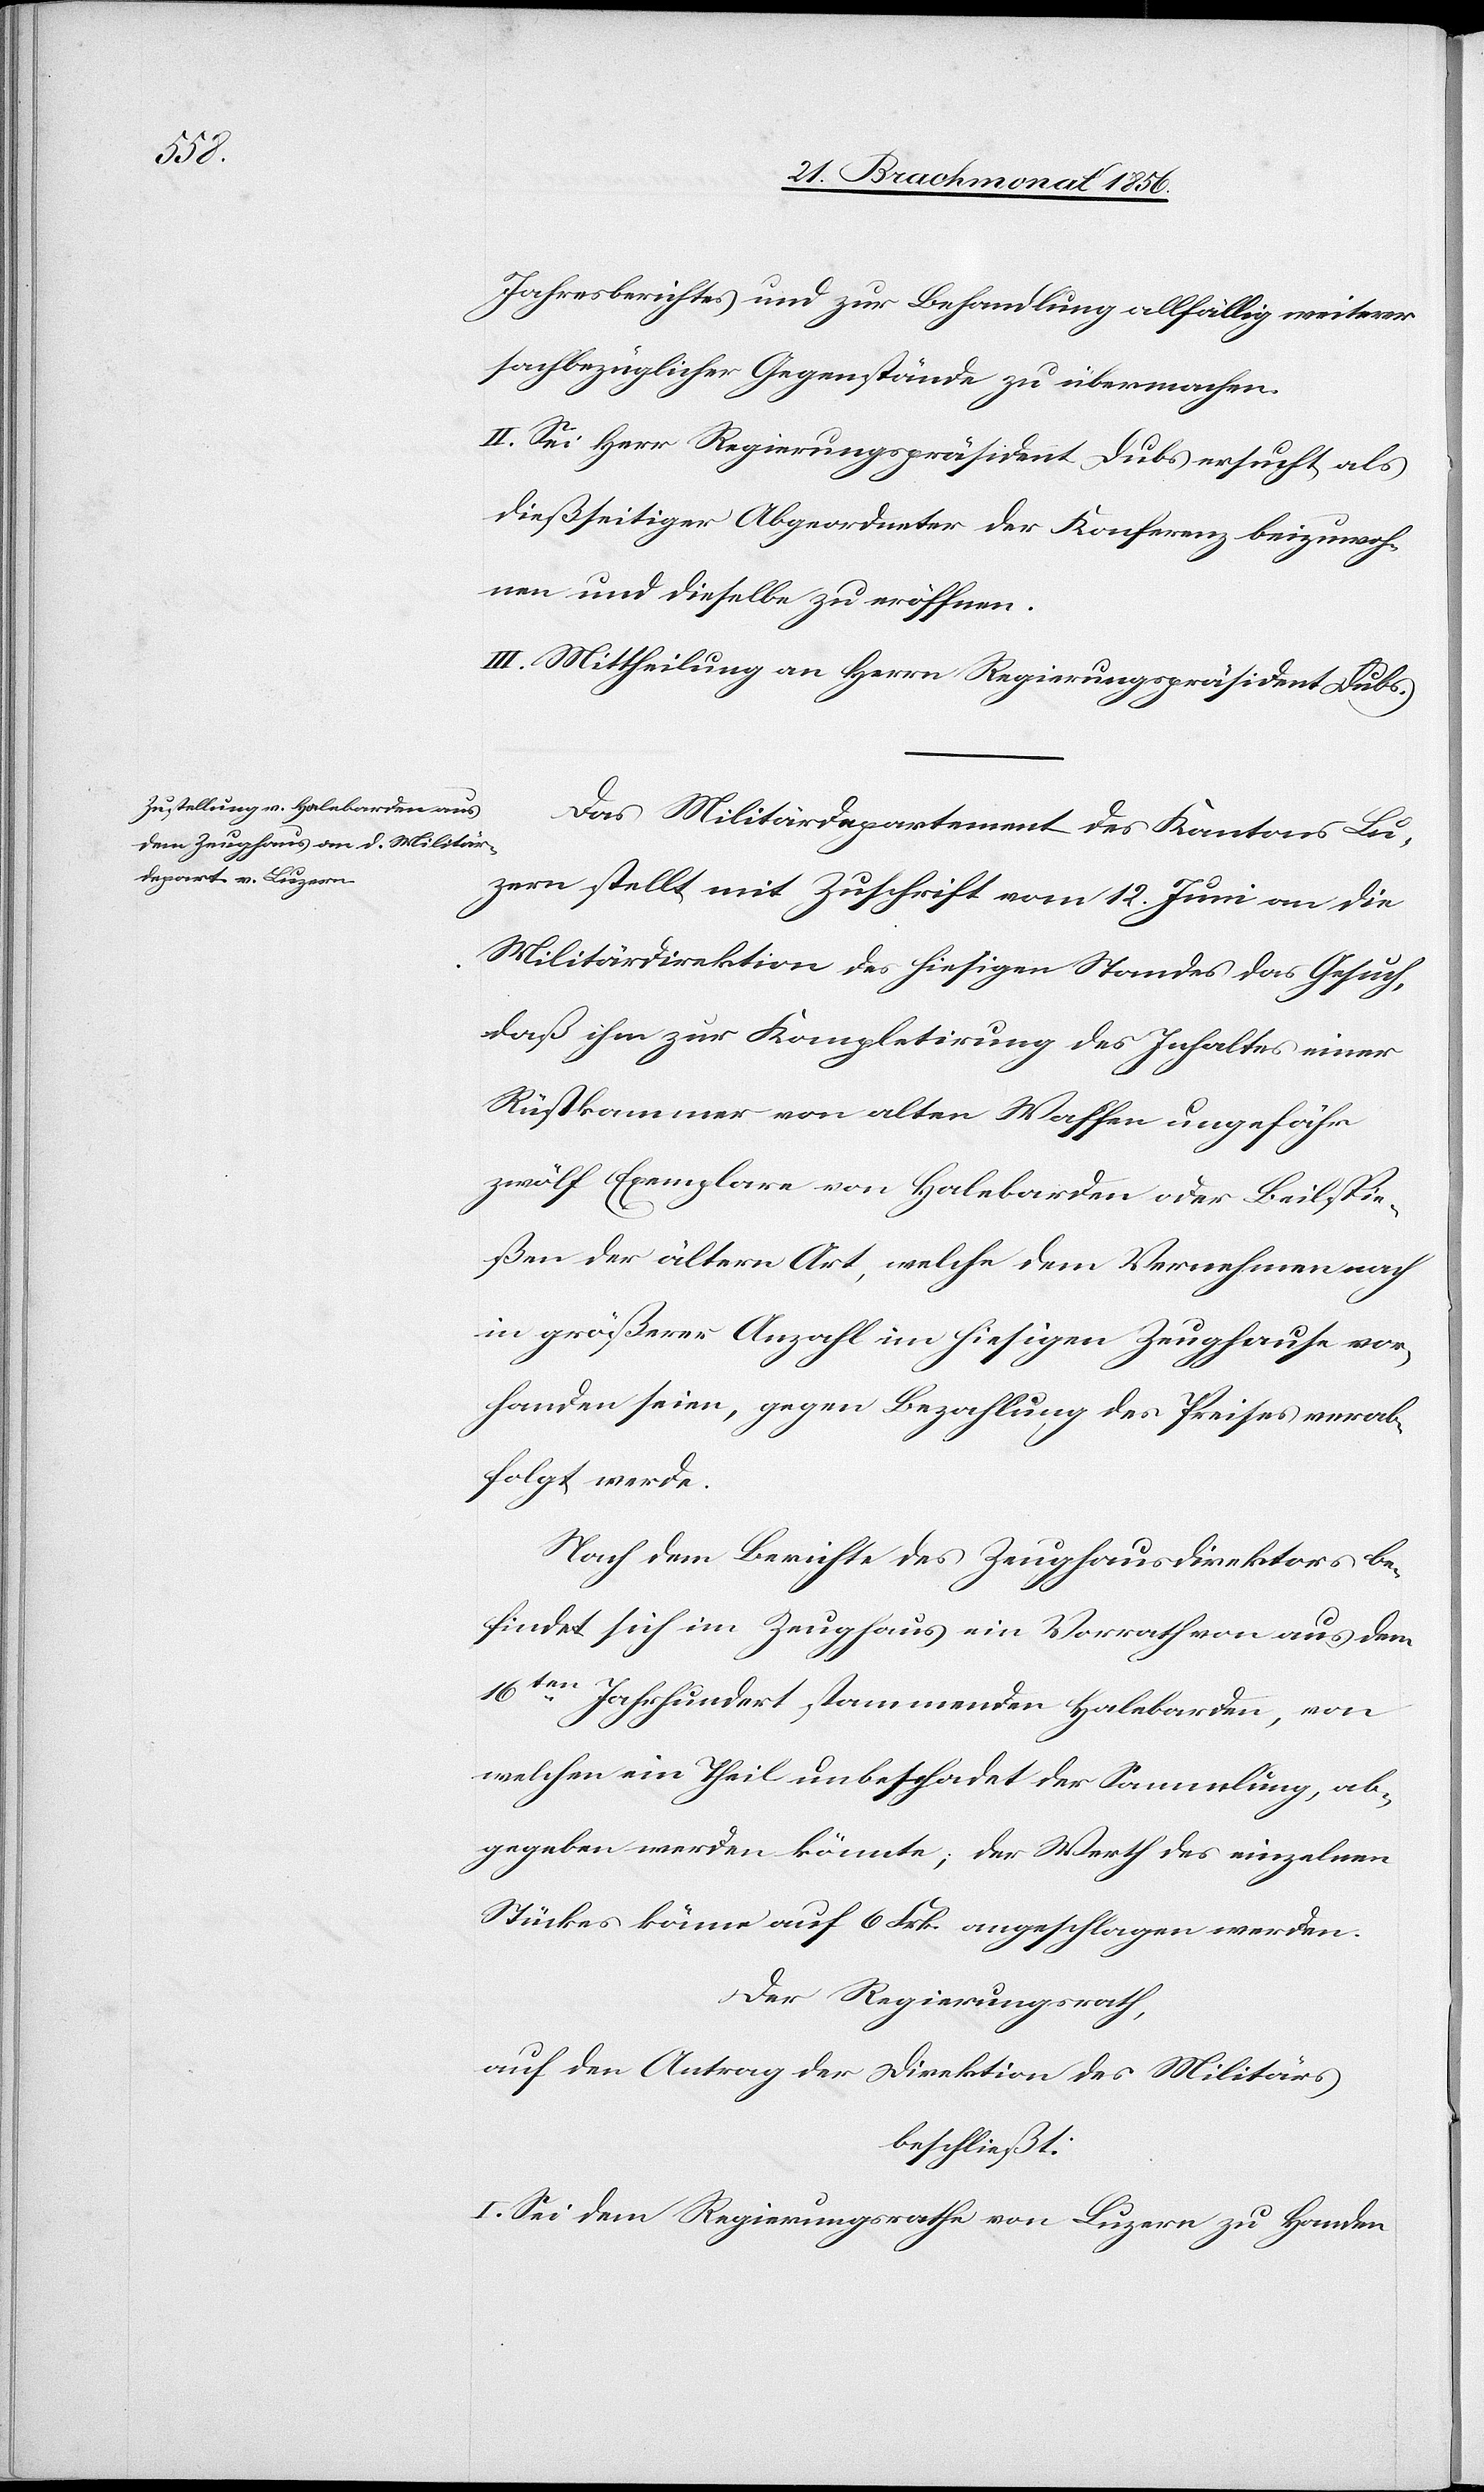
Jahresberichtes und zur Behandlung allfällig weiterer
sachbezüglicher Gegenstände zu übermachen.
II. Sei Herr Regierungspräsident Dubs ersucht, als
dießseitiger Abgeordneter der Konferenz beizuwoh¬
nen und dieselbe zu eröffnen.
III. Mittheilung an Herrn Regierungspräsidenten Dubs.
Das Militärdepartement des Kantons Lu¬
zern stellt mit Zuschrift vom 12. Juni an die
Militärdirektion des hiesigen Standes das Gesuch,
daß ihm zur Kompletirung des Inhaltes einer
Rüstkammer von alten Waffen ungefähr
zwölf Exemplare von Halebarden oder Beilspie¬
ßen der ältern Art, welche dem Vernehmen nach
in größerer Anzahl im hiesigen Zeughause vor¬
handen seien, gegen Bezahlung des Preises verab¬
folgt werde.
Nach dem Berichte des Zeughausdirektors be¬
findet sich im Zeughaus ein Vorrath von aus dem
16ten Jahrhundert stammenden Halebarden, von
welchen ein Theil unbeschadet der Sammlung, ab¬
gegeben werden könnte; der Werth des einzelnen
Stückes könne auf 6 Frk. angeschlagen werden.
Der Regierungsrath,
auf den Antrag der Direktion des Militärs
beschließt:
I. Sei dem Regierungsrathe von Luzern zu Handen